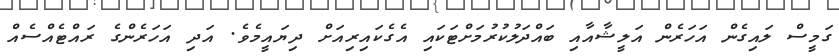
ގަމީސް ލައިގެން އަހަރެން އަލީޝާއާއި ބައްދަލުކުރުމަށްޓަކައި އެގެކައިރިއަށް ދިޔައީމެވެ. އަދި އަހަރެންގެ ރައްޓެއްސެއް